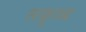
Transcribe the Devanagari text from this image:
सक्रुब्ब